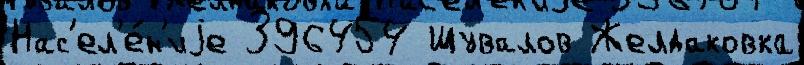
Нас'ел'е́н'иjе 396454 Шувалов Желдаковка